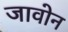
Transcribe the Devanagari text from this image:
जावोन